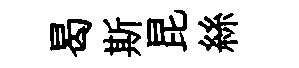
曷斯昆絲